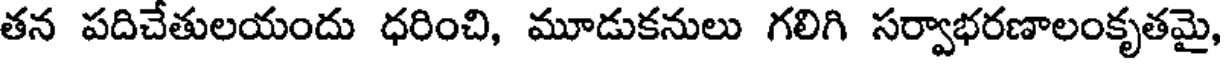
తన పదిచేతులయందు ధరించి, మూడుకనులు గలిగి సర్వాభరణాలంకృతమై,